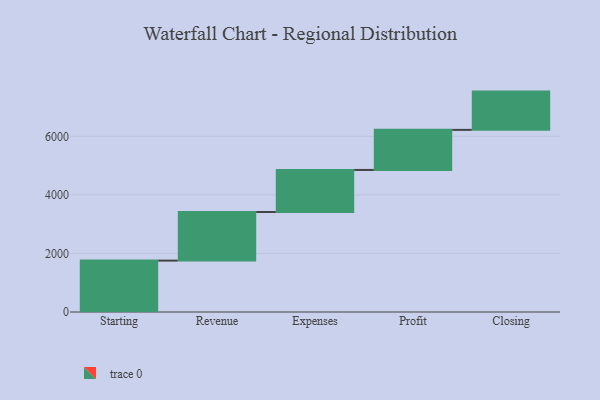
{"axis": {"x": "Step", "y": "Value"}, "legend": [""], "data": [{"x": "Starting", "y": 1755.0, "type": ""}, {"x": "Revenue", "y": 1660.0, "type": ""}, {"x": "Expenses", "y": 1436.0, "type": ""}, {"x": "Profit", "y": 1369.0, "type": ""}, {"x": "Closing", "y": 1307.0, "type": ""}]}